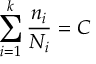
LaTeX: \sum _ { i = 1 } ^ { k } { \frac { n _ { i } } { N _ { i } } } = C